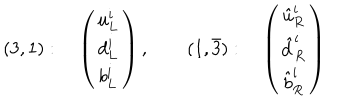
( 3 , 1 ) : \quad \left( \begin{array} { c } { { u _ { L } ^ { i } } } \\ { { d _ { L } ^ { i } } } \\ { { b _ { L } ^ { i } } } \\ \end{array} \right) , ~ \quad ( 1 , \bar { 3 } ) : \quad \left( \begin{array} { c } { { \hat { u } _ { R } ^ { i } } } \\ { { \hat { d } _ { R } ^ { i } } } \\ { { \hat { b } _ { R } ^ { i } } } \\ \end{array} \right)